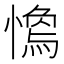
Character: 𢡓